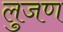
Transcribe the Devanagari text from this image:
लुजण